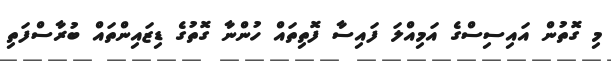
މި ގޮތުން އައިސިސްގެ އަމިއްލަ ފައިސާ ފޮތިތައް ހުންނާ ގޮތުގެ ޑިޒައިންތައް ބުރާސްފަތި